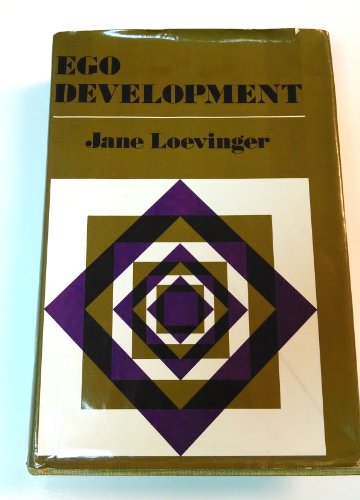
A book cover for Ego Development: Conceptions and Theories (Jossey-Bass Behavioral Science Series); Jane Loevinger; Self-Help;